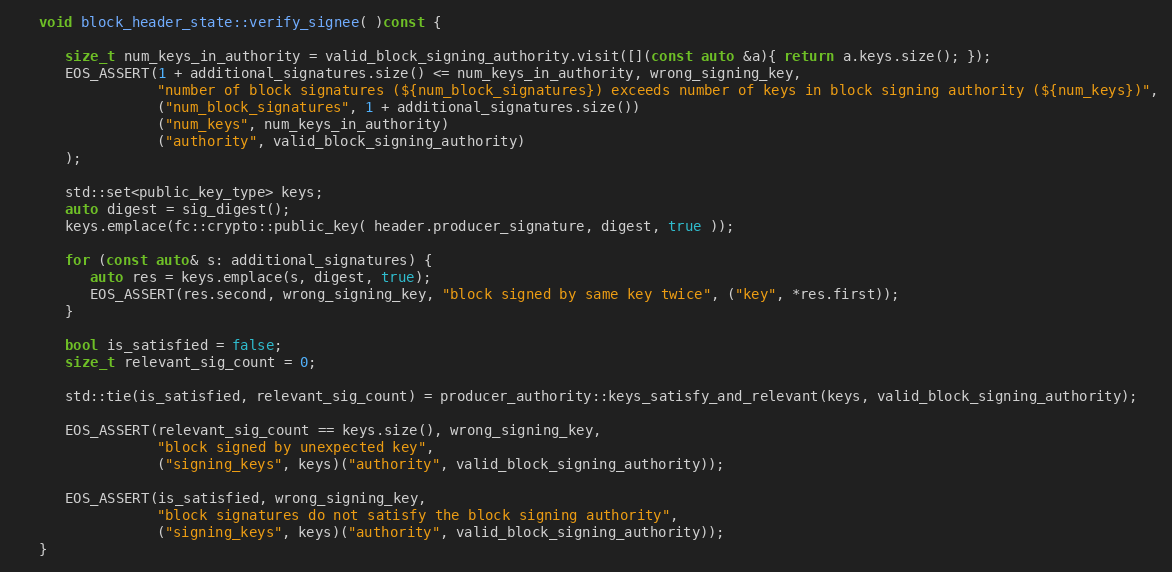
Language: C++
   void block_header_state::verify_signee( )const {

      size_t num_keys_in_authority = valid_block_signing_authority.visit([](const auto &a){ return a.keys.size(); });
      EOS_ASSERT(1 + additional_signatures.size() <= num_keys_in_authority, wrong_signing_key,
                 "number of block signatures (${num_block_signatures}) exceeds number of keys in block signing authority (${num_keys})",
                 ("num_block_signatures", 1 + additional_signatures.size())
                 ("num_keys", num_keys_in_authority)
                 ("authority", valid_block_signing_authority)
      );

      std::set<public_key_type> keys;
      auto digest = sig_digest();
      keys.emplace(fc::crypto::public_key( header.producer_signature, digest, true ));

      for (const auto& s: additional_signatures) {
         auto res = keys.emplace(s, digest, true);
         EOS_ASSERT(res.second, wrong_signing_key, "block signed by same key twice", ("key", *res.first));
      }

      bool is_satisfied = false;
      size_t relevant_sig_count = 0;

      std::tie(is_satisfied, relevant_sig_count) = producer_authority::keys_satisfy_and_relevant(keys, valid_block_signing_authority);

      EOS_ASSERT(relevant_sig_count == keys.size(), wrong_signing_key,
                 "block signed by unexpected key",
                 ("signing_keys", keys)("authority", valid_block_signing_authority));

      EOS_ASSERT(is_satisfied, wrong_signing_key,
                 "block signatures do not satisfy the block signing authority",
                 ("signing_keys", keys)("authority", valid_block_signing_authority));
   }